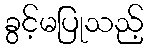
ခွင့်မပြုသည့်